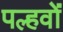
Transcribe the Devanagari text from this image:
पल्हवों